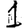
Digit: 1